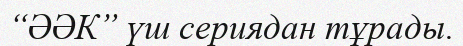
“ӘӘК” үш сериядан тұрады.